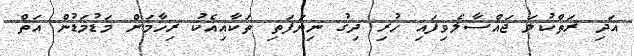
އަދި ރަތްކުލަ ޖައްސާލެވިފައި ހުރި ދިގު ނިޔަފަތި ތަކާއިއެކު ރިހާމަށް މަޑުމަޑުން އަތް